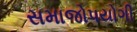
સમાજોપયોગી